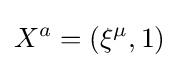
X^{a}=(\xi ^{\mu },1)